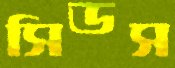
সিডস